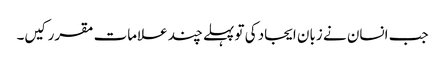
جب انسان نے زبان ایجاد کی تو پہلے چند علامات مقرر کیں۔